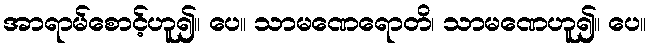
အာရာမ်စောင့်ဟူ၍။ ပေ။ သာမဏေရောတိ၊ သာမဏေဟူ၍။ ပေ။